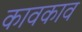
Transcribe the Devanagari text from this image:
कावकाव